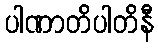
ပါဏာတိပါတိနီ